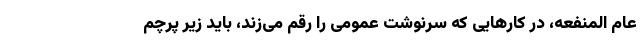
عام المنفعه، در کارهایی که سرنوشت عمومی را رقم می‌زند، باید زیر پرچم